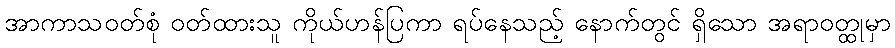
အာကာသဝတ်စုံ ဝတ်ထားသူ ကိုယ်ဟန်ပြကာ ရပ်နေသည့် နောက်တွင် ရှိသော အရာဝတ္ထုမှာ